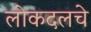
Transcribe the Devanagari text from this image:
लोकदलचे